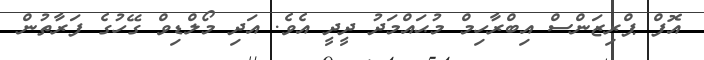
އޮފް ޕްރިޒަންސް އިބްރާހިމް މުޙައްމަދު ދީދީ އެވެ. އަދި މޯލްޑިވް ގޭހުގެ ފަރާތުން